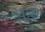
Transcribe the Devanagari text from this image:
चूल्हो